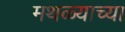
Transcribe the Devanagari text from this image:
मथळ्याच्या